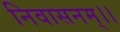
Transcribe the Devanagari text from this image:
निवासनम्।।